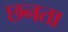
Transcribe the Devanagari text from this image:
छनता